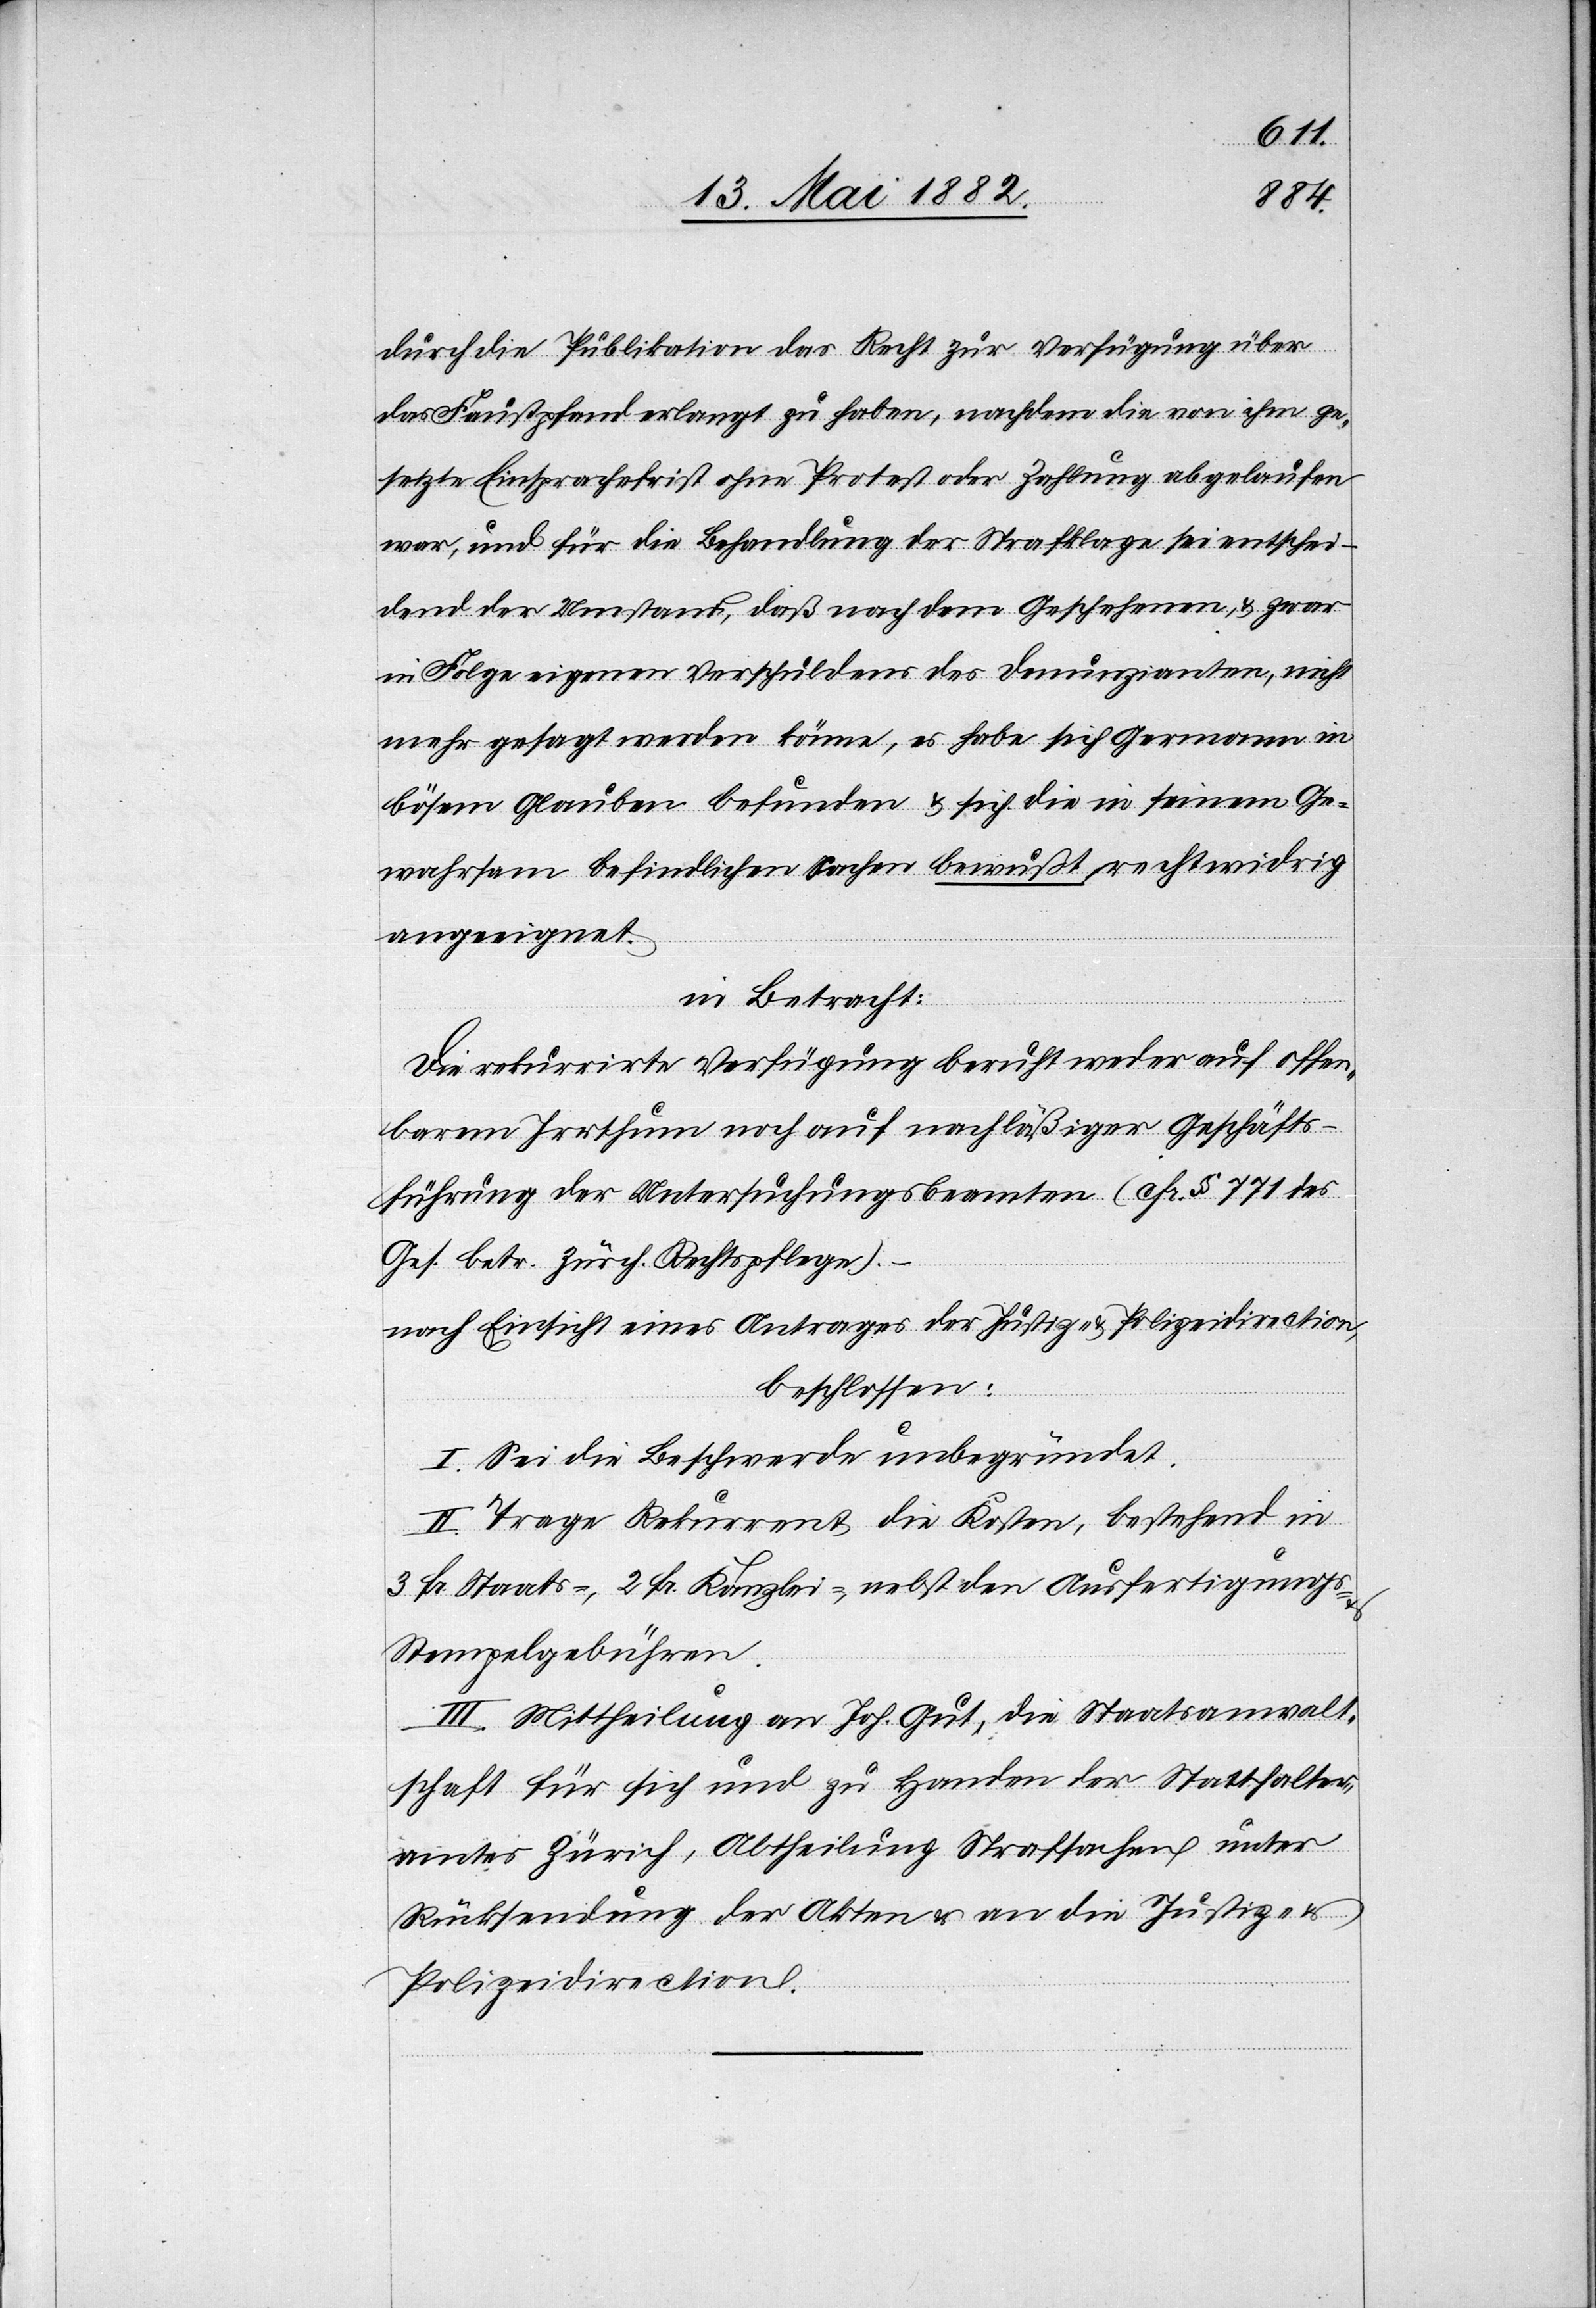
durch die Publikation das Recht zur Verfügung über
das Faustpfand erlangt zu haben, nachdem die von ihm ge¬
setzte Einsprachefrist ohne Protest oder Zahlung abgelaufen
war, und für die Behandlung der Strafklage sei entschei¬
dend der Umstand, daß nach dem Geschehenen, & zwar
in Folge eigenen Verschuldens des Denunzianten, nicht
mehr gesagt werden könne, es habe sich Germann in
bösem Glauben befunden & sich die in seinem Ge¬
wahrsam befindlichen Sachen bewußt rechtswidrig
angeeignet.
in Betracht:
Die rekurrirte Verfügung beruht weder auf offen¬
barem Irrthum noch auf nachläßiger Geschäfts¬
führung der Untersuchungsbeamten (cfr. § 771 des
Ges. betr. zürch. Rechtspflege).
beschlossen:
I. Sei die Beschwerde unbegründet.
II. Trage Rekurrent die Kosten, bestehend in
3 Fr. Staats-, 2 Fr. Kanzlei-, nebst den Ausfertigungs-
Stempelgebühren.
III. Mittheilung an Joh. Gut, die Staatsanwalt¬
schaft für sich und zu Handen des Statthalter¬
amtes Zürich, Abtheilung Strafsachen unter
Rücksendung der Akten & an die Justiz- &
Polizeidirection.